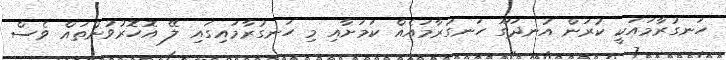
ހަނގުރާމައަކީ ކުރަން އުނދަގޫ ހަނގުރާމައެއް ކަމަށާއި މި ހަނގުރާމައިގައި ލޭ އޮހޮރުވުންތައް ވެސް